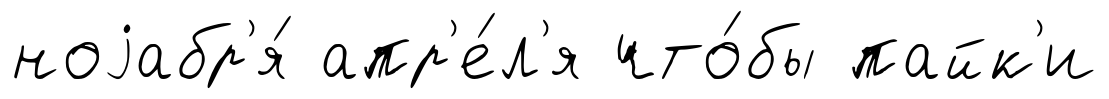
ноjабр'я́ апр'е́л'я что́бы пайк'и